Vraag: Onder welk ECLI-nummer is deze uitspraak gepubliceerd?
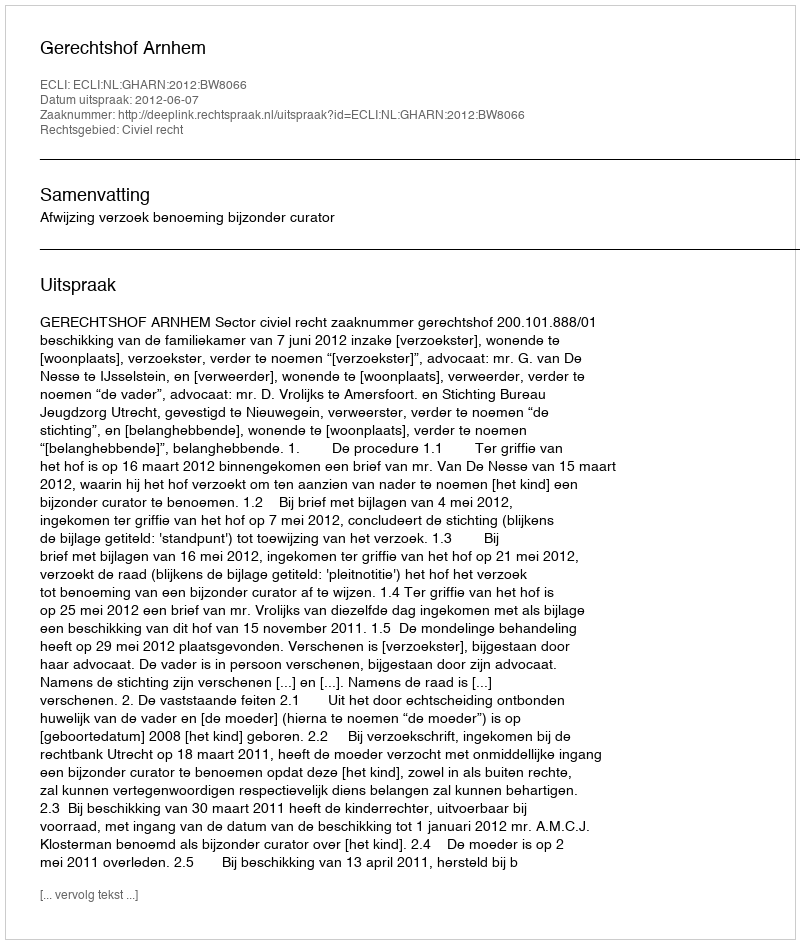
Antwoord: ECLI:NL:GHARN:2012:BW8066